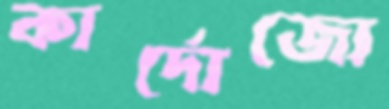
কার্দোজো